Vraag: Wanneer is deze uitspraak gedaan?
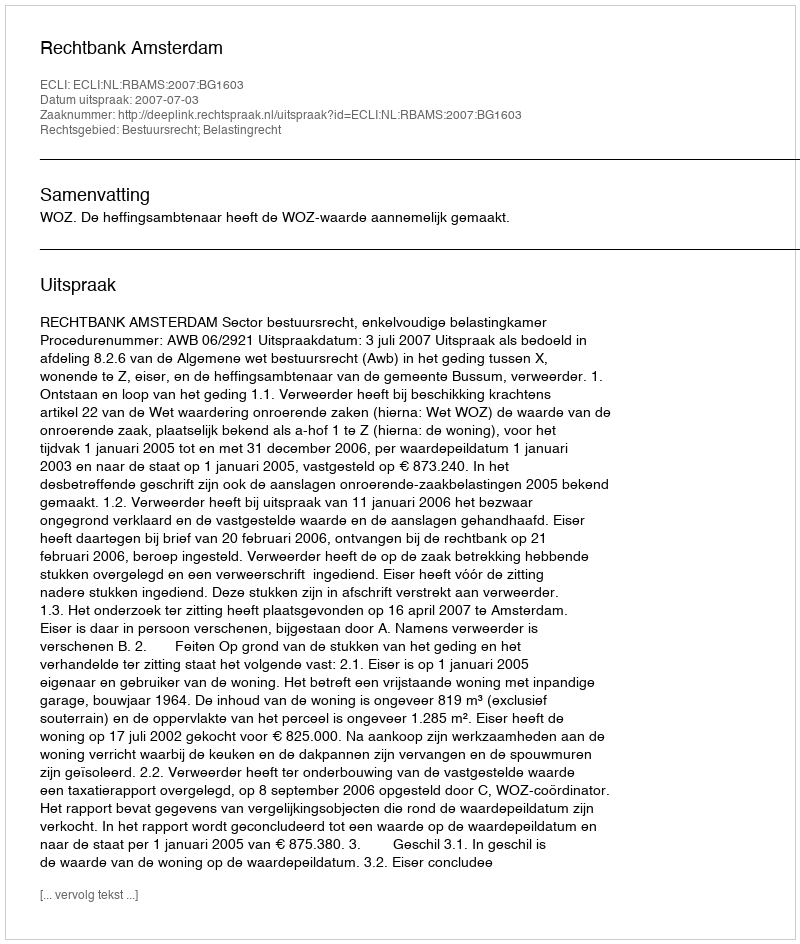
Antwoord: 2007-07-03